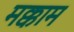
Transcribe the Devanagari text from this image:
मक्काम